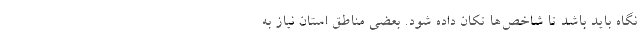
نگاه باید باشد تا شاخص‌ها تکان داده شود. بعضی مناطق استان نیاز به